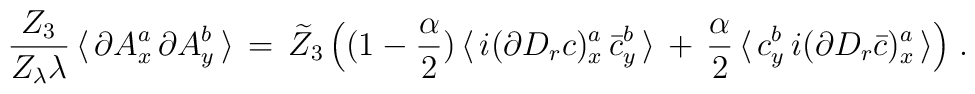
\frac{Z_3}{Z_\lambda \lambda} \,  \langle \,      \partial A^a_x \, \partial A^b_y \, \rangle \, = \,   \widetilde Z_3 \,        \Big( (1-\frac \alpha 2) \, \langle  \, i (\partial D_r c)^a_x \, 	\bar c^b_y\,  \rangle \,  + \, \frac \alpha 2 \,  \langle  \,  c^b_y\,    i(\partial D_r \bar c)^a_x \,  \rangle \Big)  \;.